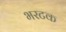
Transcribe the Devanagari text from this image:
भरटक